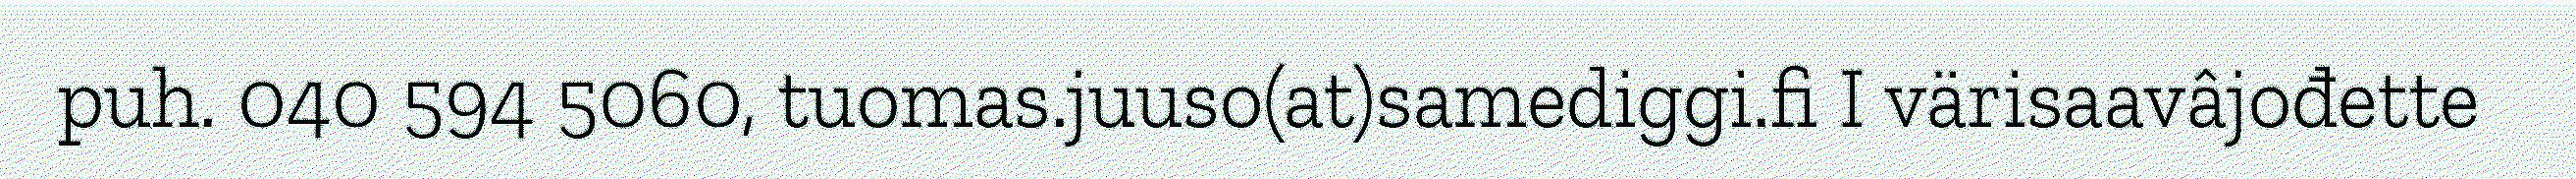
puh. 040 594 5060, tuomas.juuso(at)samediggi.fi I värisaavâjođette